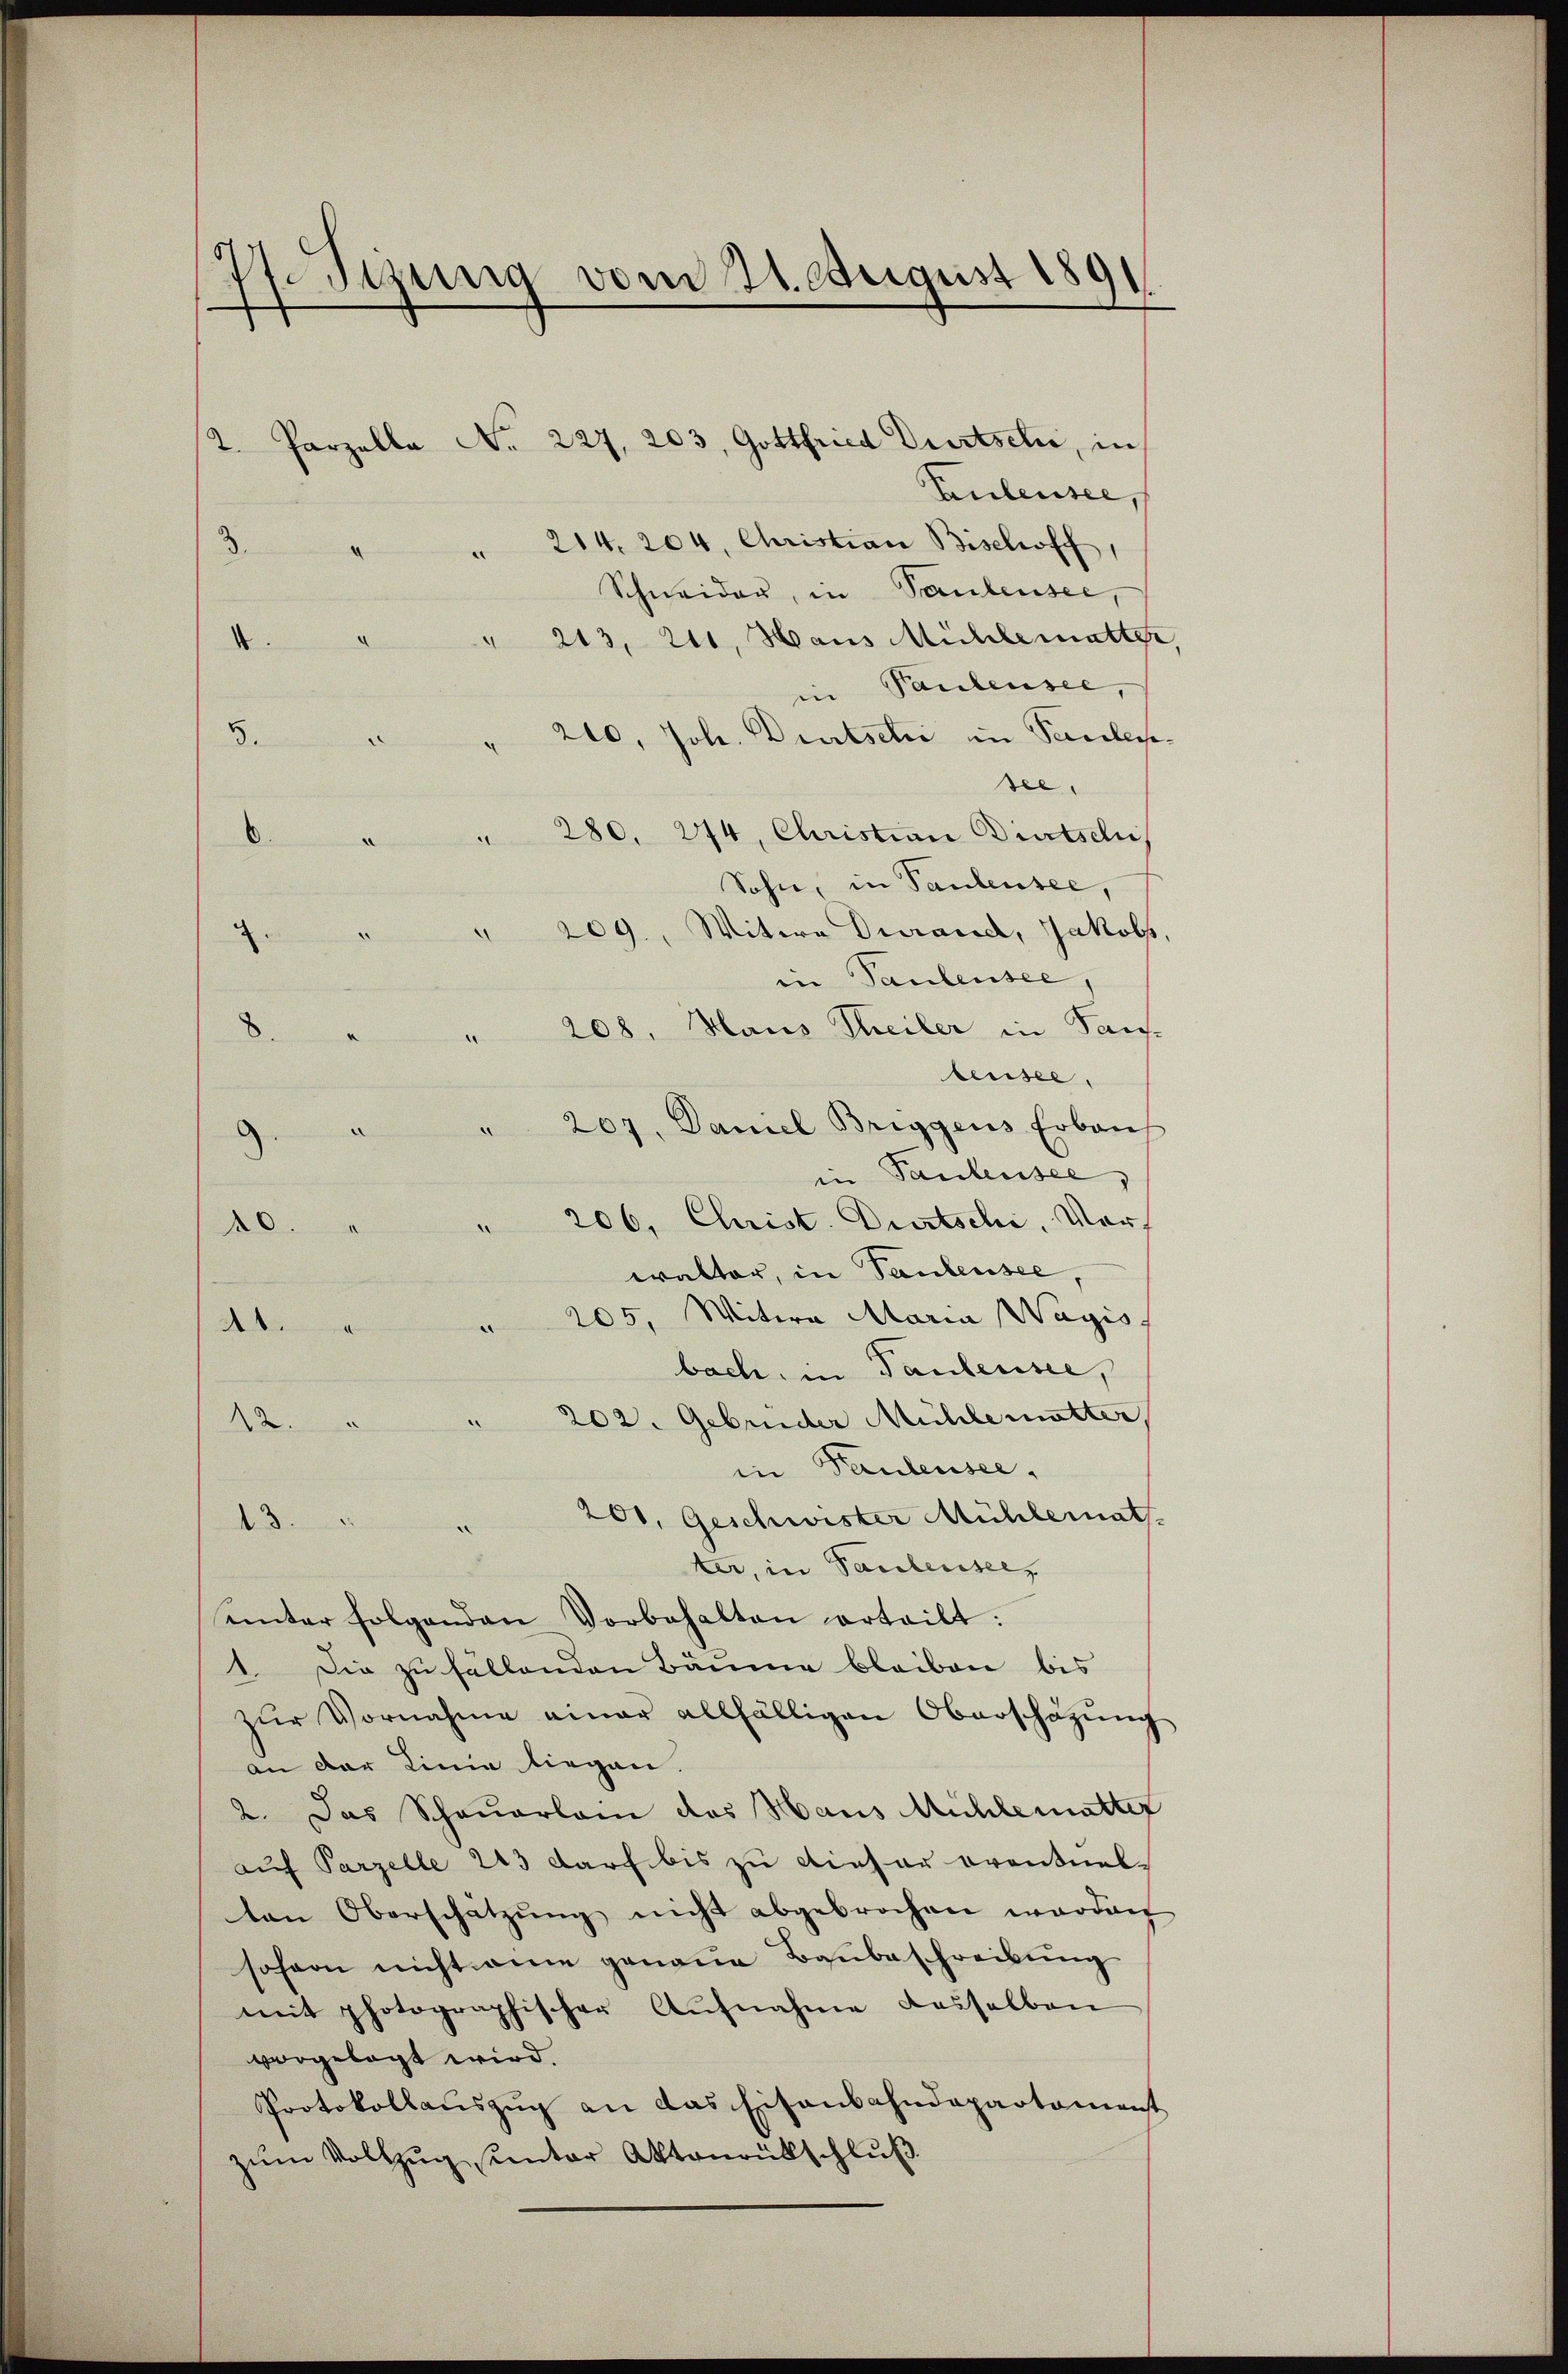
77. Jezung vom 21. August 1891.

Euleusee,
Schneider, in Paulensee,
Taubensee,
n
" 240, Joh. Dürtschi in Paulen.
see,
Sohn, in Paulensee,
in Paulensee,
leusee,
walter, in Taubensee,
bach, in Paulensee,
in Paulensee,
200. Geschwister Mühlerath
13.
ter, in Paulensee,
ŭnter folgenden Vorbehalten erteilt:
1. Die zu fällenden Bäume bleiben bis
zŭr Vornahme einer allfälligen Oberschäzŭng
an der Linie liegen.
2. Das Schauerlan das Haus Mühlematter
auf Parzelle 243 darf bis zu dieser eventuel-
ten Oberschätzung nicht abgebrochen worden
sofern nicht eine genaue Baubeschreibung
mit photographischer Aŭfnahme dasselben
vorgelegt wird.
Protokollauszug an das Eisenbahndepartament
zum Vollzug sunter Aktenrütschluß

3.

2. Parzelle No 227. 203, Gottfried Dürtseli, in
3 " " 214. 204, Christian Bischoff
4. " " 243, 211, Haus Mühlematter,
6 " " 280. 274, Christian Dietschi
7. " " 209., Witwe Durand, Jakobs,
8 " " 208. Haus Theiler in Pau
9. " " 207, Daniel Briggens Erbaus
10. " " 206. Christ. Durtschi, Ver-
11. " " 205, Witwe Maria Wagis
12. " " 202. Gebrüder Mühle mutter

in Pandensee,